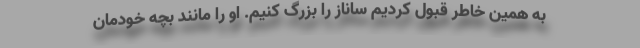
به همین خاطر قبول کردیم ساناز را بزرگ کنیم. او را مانند بچه خودمان